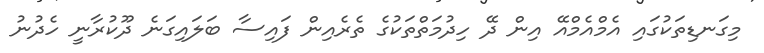
މިގަނޑިތަކުގައި އެމްއެމްއޭ އިން ދޭ ހިދުމަތްތަކުގެ ތެރެއިން ފައިސާ ބަލައިގަނެ ދޫކުރާނީ ހެދުނު